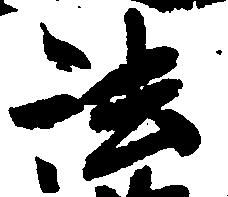
法